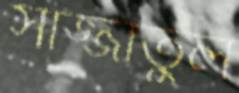
সাজ্জাতুল